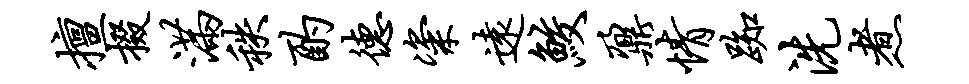
擅掇满秩酌德粢远鲛鼐情踟洗煮